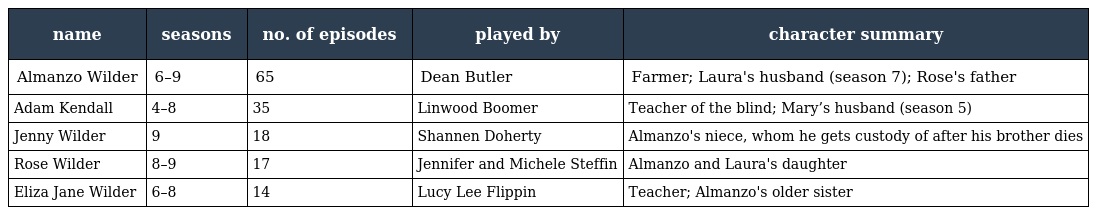
| name | seasons | no. of episodes | played by | character summary |
 | --- | --- | --- | --- | --- |
 | Almanzo Wilder | 6–9 | 65 | Dean Butler | Farmer; Laura's husband (season 7); Rose's father |
 | Adam Kendall | 4–8 | 35 | Linwood Boomer | Teacher of the blind; Mary’s husband (season 5) |
 | Jenny Wilder | 9 | 18 | Shannen Doherty | Almanzo's niece, whom he gets custody of after his brother dies |
 | Rose Wilder | 8–9 | 17 | Jennifer and Michele Steffin | Almanzo and Laura's daughter |
 | Eliza Jane Wilder | 6–8 | 14 | Lucy Lee Flippin | Teacher; Almanzo's older sister |